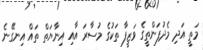
މަތީ އަދި މެދުފަންތީގެ ވަޒީފާ ތަކުގެ މުސާރަ އާއި އިނާޔަތް ތައް އިނގޭނެ